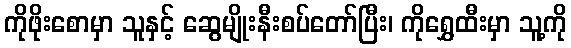
ကိုဖိုးစောမှာ သူနှင့် ဆွေမျိုးနီးစပ်တော်ပြီး၊ ကိုရွှေထီးမှာ သူ့ကို